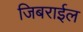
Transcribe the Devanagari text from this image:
जिबराईल